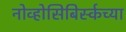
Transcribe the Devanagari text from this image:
नोव्होसिबिर्स्कच्या